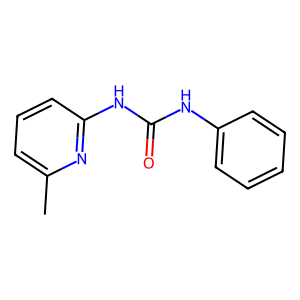
SMILES: Cc1cccc(NC(=O)Nc2ccccc2)n1
Inhibits HIV replication: No